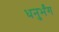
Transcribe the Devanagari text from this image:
धनुर्भंग